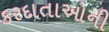
કરદાતાઓની